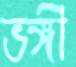
ভঙ্গী